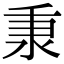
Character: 𬼌